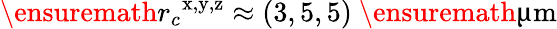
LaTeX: \ensuremath{r_{c}}^{\mathrm{x,y,z}}\approx(3,5,5)~\ensuremath{\upmu\mathrm{m}}